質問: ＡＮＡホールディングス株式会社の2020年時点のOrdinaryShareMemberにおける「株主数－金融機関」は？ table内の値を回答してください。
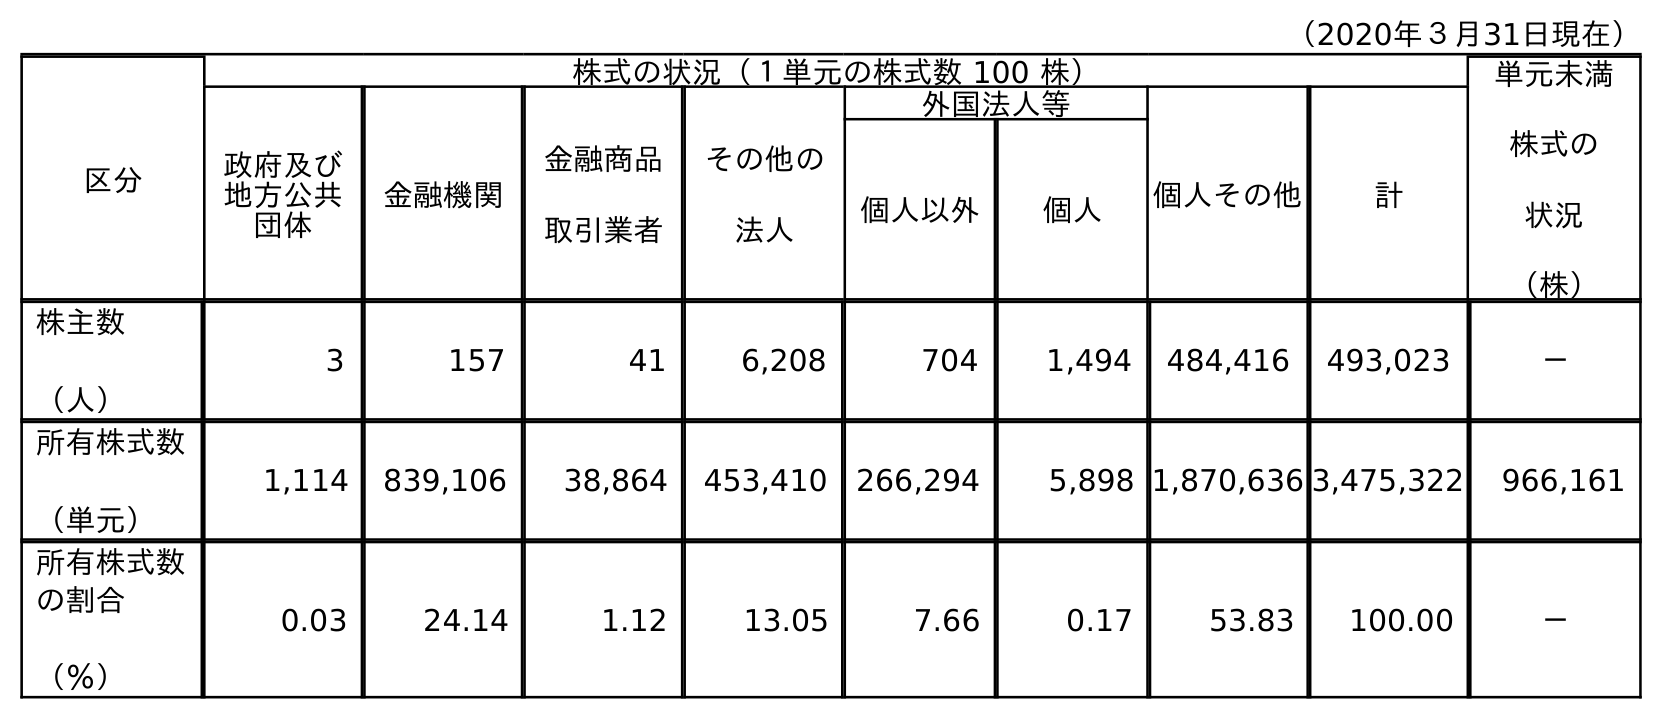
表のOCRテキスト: （2020年３月31日現在） 区分 株式の状況（１単元の株式数 100 株） 単元未満 株式の 状況 （株） 政府及び 地方公共 団体 金融機関 金融商品 取引業者 その他の 法人 外国法人等 個人その他 計 個人以外 個人 株主数 （人） 3 157 41 6,208 704 1,494 484,416 493,023 － 所有株式数 （単元） 1,114 839,106 38,864 453,410 266,294 5,898 1,870,636 3,475,322 966,161 所有株式数 の割合 （％） 0.03 24.14 1.12 13.05 7.66 0.17 53.83 100.00 －
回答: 157